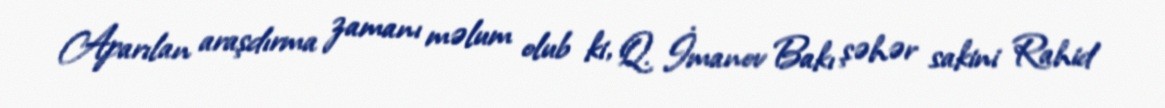
Aparılan araşdırma zamanı məlum olub ki, Q. İmanov Bakı şəhər sakini Rahid